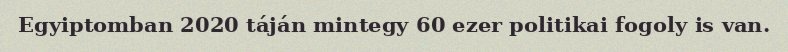
Egyiptomban 2020 táján mintegy 60 ezer politikai fogoly is van.